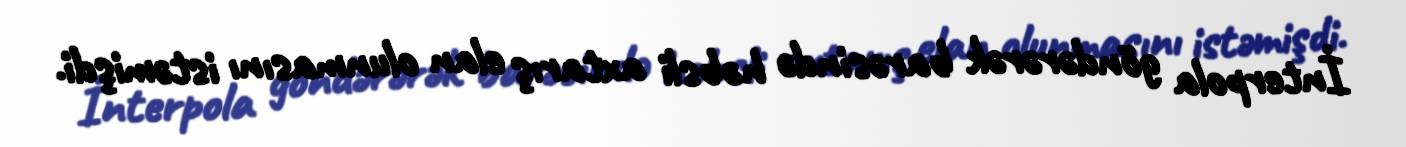
İnterpola göndərərək barəsində həbsli axtarış elan olunmasını istəmişdi.